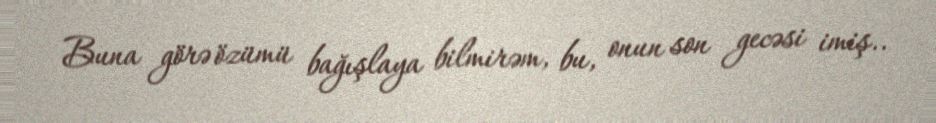
Buna görə özümü bağışlaya bilmirəm, bu, onun son gecəsi imiş..